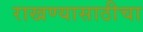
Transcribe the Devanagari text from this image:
राखण्यासाठीचा